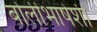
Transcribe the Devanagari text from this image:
बोलीभाषेशी